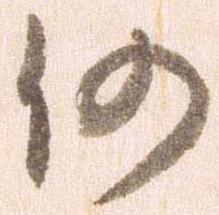
仍